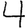
Digit: 4